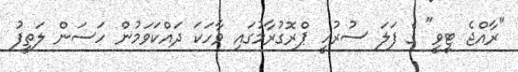
"ރާއްޖެ ޓީވީ" ގެ ފަލަ ސުރުހީ ޕްރޮގުރާމުގައި ވާހަކަ ދައްކަވަމުން ހަސަން ލަތީފު